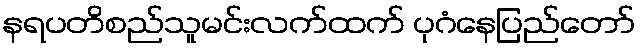
နရပတိစည်သူမင်းလက်ထက် ပုဂံနေပြည်တော်